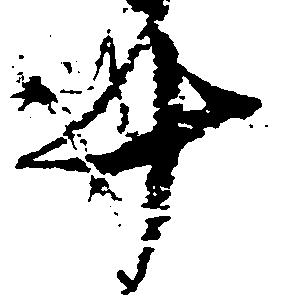
十